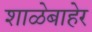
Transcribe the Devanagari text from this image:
शाळेबाहेर